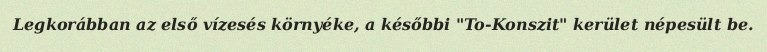
Legkorábban az első vízesés környéke, a későbbi "To-Konszit" kerület népesült be.